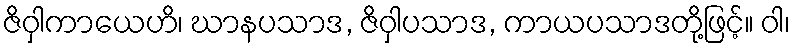
ဇိဝှါကာယေဟိ၊ ဃာနပသာဒ, ဇိဝှါပသာဒ, ကာယပသာဒတို့ဖြင့်။ ဝါ၊